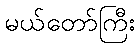
မယ်တော်ကြီး